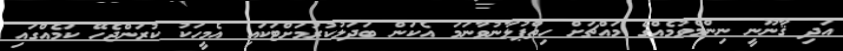
އަދި ޤާނޫނީ ނިންމެވުމެއްގެ މައްޗަށް ހިތްޕުޅާނުވާނަމަ އެކަން ބަދަލުކުރުމަށްޓަކައި އެމީހަކު ކުރަންޖެހޭ ކަމެއްގައި